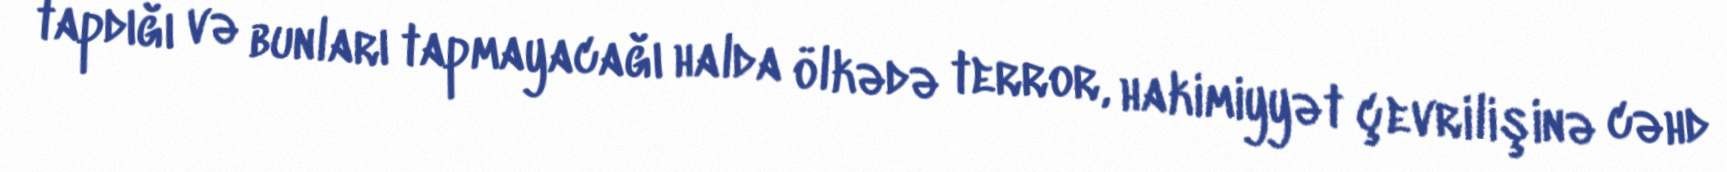
tapdığı və bunları tapmayacağı halda ölkədə terror, hakimiyyət çevrilişinə cəhd